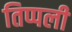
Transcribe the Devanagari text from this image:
तिप्पली